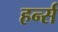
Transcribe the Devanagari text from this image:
हर्न्स